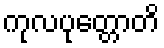
ကုလပုတ္တောတိ